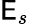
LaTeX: \mathsf{E}_{s}